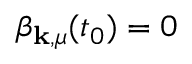
\beta _ { \mathbf { k } , \mu } ( t _ { 0 } ) = 0